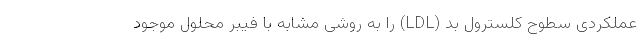
عملکردی سطوح کلسترول بد (LDL) را به روشی مشابه با فیبر محلول موجود